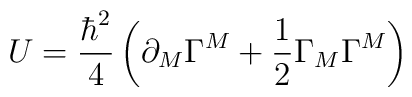
U=\frac{\hbar^{2}}{4}\left( \partial_{M}\Gamma^{M}+\frac{1}{2}\Gamma_{M}\Gamma^{M}\right)